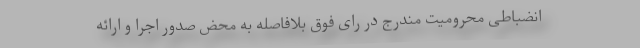
انضباطی محرومیت مندرج در رای فوق بلافاصله به محض صدور اجرا و ارائه